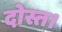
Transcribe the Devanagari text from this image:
दोस्त।